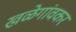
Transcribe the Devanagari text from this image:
खळेगांवकर